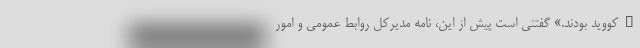
_کووید بودند.» گفتنی ‌است پیش از این، نامه مدیرکل روابط عمومی و امور